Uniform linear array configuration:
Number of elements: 12
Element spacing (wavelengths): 0.5
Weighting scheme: blackman
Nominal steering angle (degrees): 30
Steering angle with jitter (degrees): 28.357
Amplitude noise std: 0.05
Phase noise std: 0.05

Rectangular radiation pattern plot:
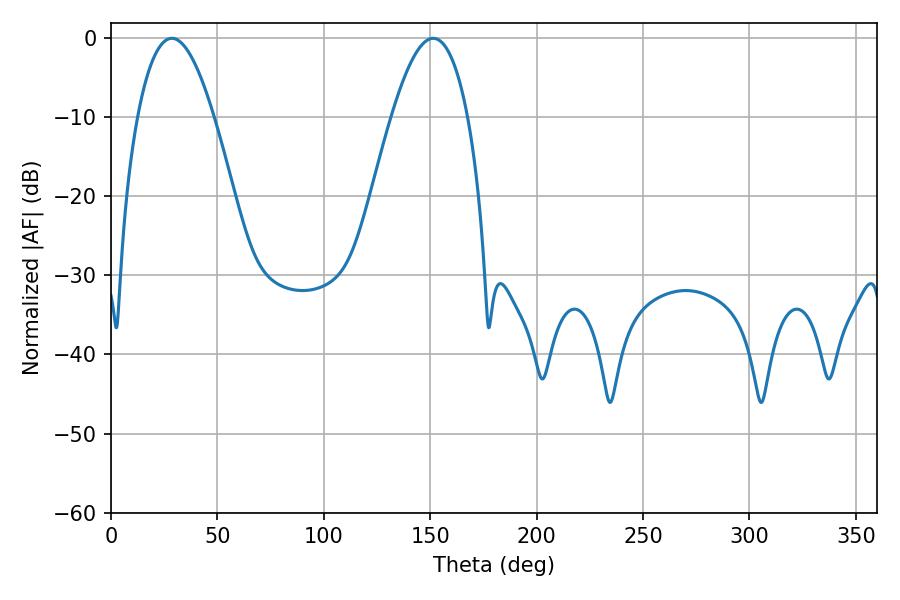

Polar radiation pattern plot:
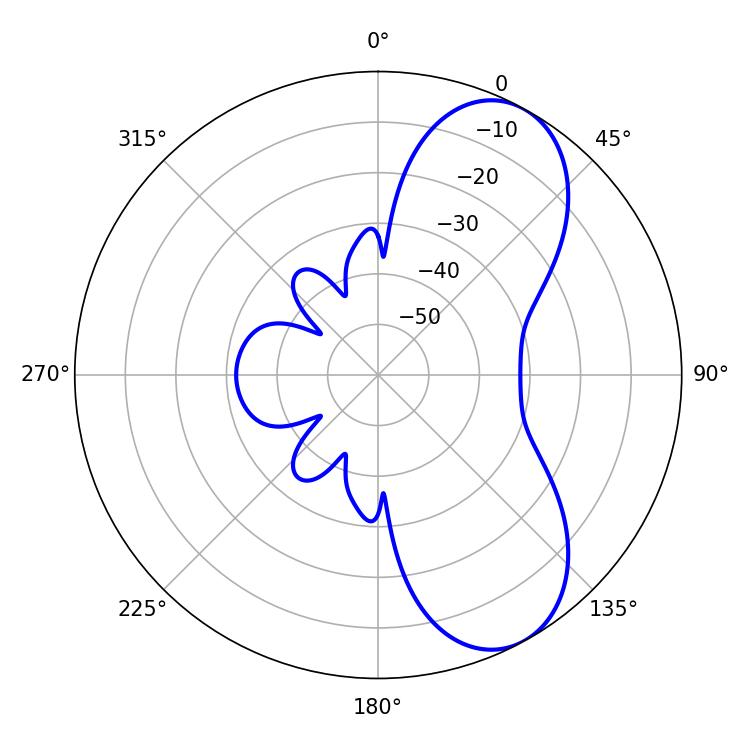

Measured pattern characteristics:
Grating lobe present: FALSE
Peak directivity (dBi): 7.415
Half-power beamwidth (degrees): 19.62
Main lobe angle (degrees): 28.62